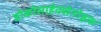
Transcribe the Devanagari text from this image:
डोकोसाहेक्सेनोइक